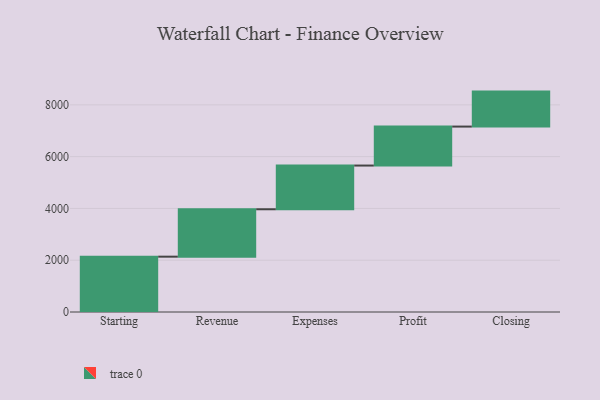
{"axis": {"x": "Step", "y": "Value"}, "legend": [""], "data": [{"x": "Starting", "y": 2137.0, "type": ""}, {"x": "Revenue", "y": 1831.0, "type": ""}, {"x": "Expenses", "y": 1688.0, "type": ""}, {"x": "Profit", "y": 1505.0, "type": ""}, {"x": "Closing", "y": 1351.0, "type": ""}]}